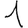
Digit: 1